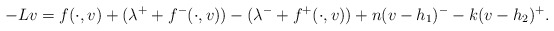
\begin{align*}-Lv=f(\cdot,v)+(\lambda^{+}+f^{-}(\cdot,v))-(\lambda^{-}+f^{+}(\cdot,v))+ n(v-h_{1})^{-}-k(v-h_{2})^{+}.\end{align*}